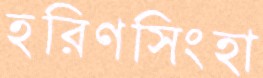
হরিণসিংহা